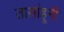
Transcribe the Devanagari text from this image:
तासांहूनी